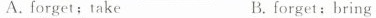
A. forget; take B.forget;bring